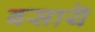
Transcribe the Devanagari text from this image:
बसायॆ